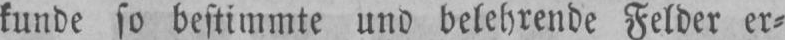
kunde so bestimmte und belehrende Felder er⸗